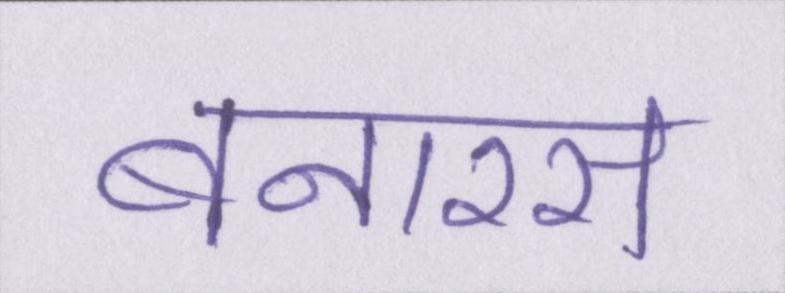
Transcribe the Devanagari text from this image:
बनारस